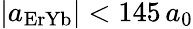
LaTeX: |a_{\mathrm{ErYb}}|<145\, a_{0}